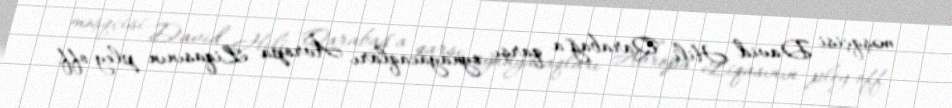
məşqçisi David Hili "Qarabağ"a qarşı oynayacaqları Avropa Liqasının pley-off